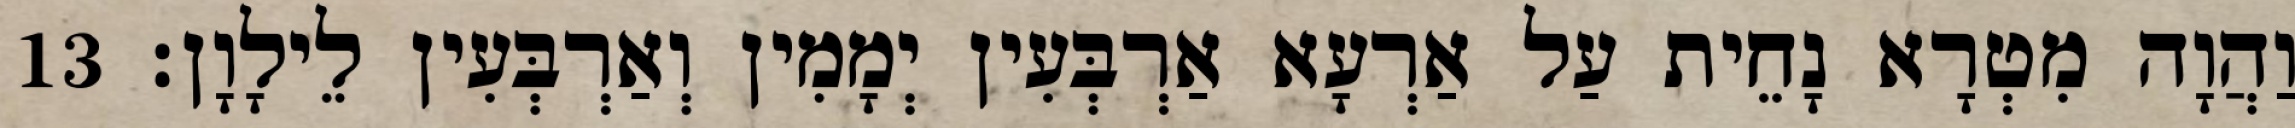
וַהֲוָה מִטְרָא נָחֵית עַל אַרְעָא אַרְבְּעִין יְמָמִין וְאַרְבְּעִין לֵילָוָן׃ 13